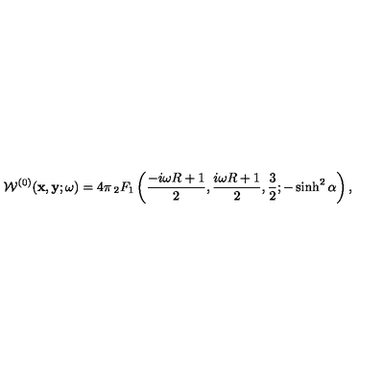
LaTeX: { \cal W } ^ { ( 0 ) } ( { \bf x } , { \bf y } ; \omega ) = 4 \pi \mathop { _ 2 F _ { 1 } } \left( \frac { - i \omega R + 1 } { 2 } , \frac { i \omega R + 1 } { 2 } , \frac { 3 } { 2 } ; - \sinh ^ { 2 } \alpha \right) ,